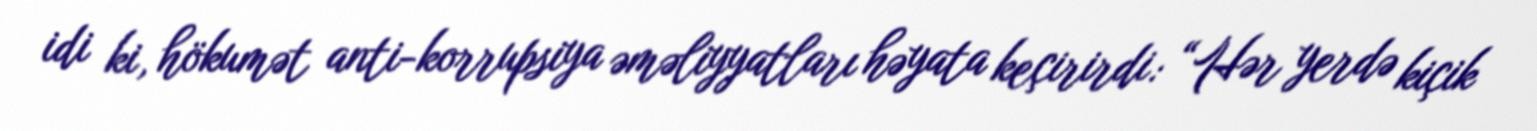
idi ki, hökumət anti-korrupsiya əməliyyatları həyata keçirirdi: “Hər yerdə kiçik